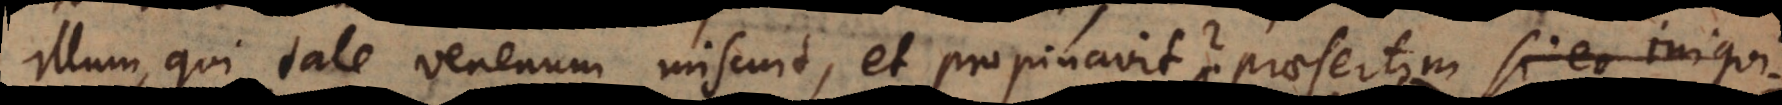
illum, qui tale venenum miscuit, et propinavit? praesertim si eo iniquita